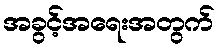
အခွင့်အရေးအတွက်